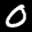
Label: 0